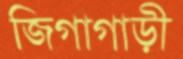
জিগাগাড়ী